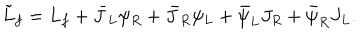
\tilde { L } _ { f } = L _ { f } + \bar { J } _ { L } \psi _ { R } + \bar { J } _ { R } \psi _ { L } + \bar { \psi } _ { L } J _ { R } + \bar { \psi } _ { R } J _ { L } .